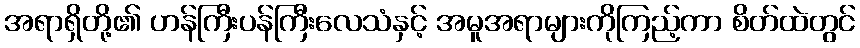
အရာရှိတို့၏ ဟန်ကြီးပန်ကြီးလေသံနှင့် အမူအရာများကိုကြည့်ကာ စိတ်ထဲတွင်